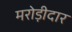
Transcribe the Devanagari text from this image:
मरोड़ीदार